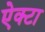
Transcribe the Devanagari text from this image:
ऐक्टा